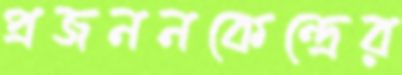
প্রজননকেন্দ্রের